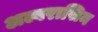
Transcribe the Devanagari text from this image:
अल्बरासिन